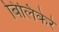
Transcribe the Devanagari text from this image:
बिलिकेरे